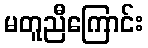
မတူညီကြောင်း